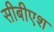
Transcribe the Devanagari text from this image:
सीबीएश